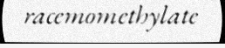
racemomethylate